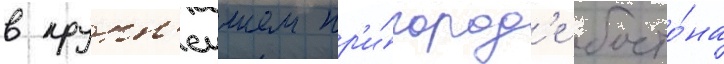
в крупн'еишем пр'и́город'е босто́на